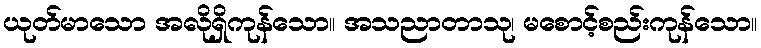
ယုတ်မာသော အလိုရှိကုန်သော။ အသညာတာသု၊ မစောင့်စည်းကုန်သော။